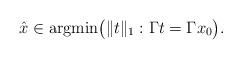
LaTeX: \begin{align*} \hat x\in{\rm argmin}\big(\|t\|_1:\Gamma t=\Gamma x_0\big).\end{align*}